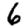
Digit: 6